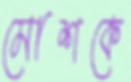
মোশকে